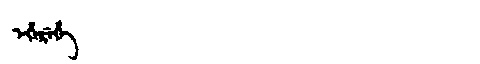
Manchu: ᡝᡥᡝᡵᡝᡥᡝ
Romanization: EHEREHE